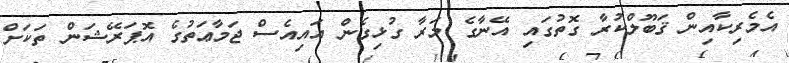
އެމެރިކާއިން ޤަބޫލްކުރާ ގޮތުގައި އޭނާގެ މަރާ ގުޅިގެން އައިއެސް ޖަމާޢަތުގެ އޮޕަރޭޝަން ތަކަށް